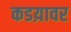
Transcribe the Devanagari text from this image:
कडय़ावर